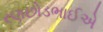
રણછોડભાઈએ